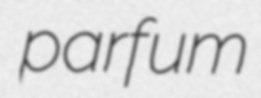
parfum